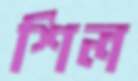
শিল